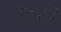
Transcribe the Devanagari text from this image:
नेरुदाचे